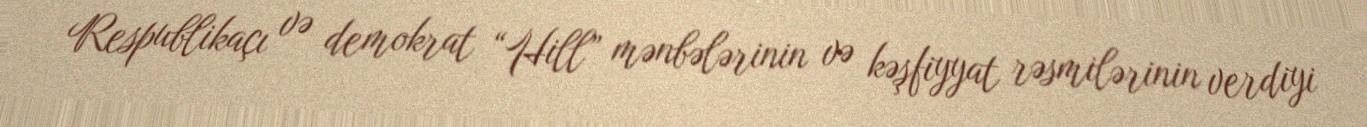
Respublikaçı və demokrat “Hill” mənbələrinin və kəşfiyyat rəsmilərinin verdiyi